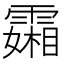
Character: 𬰍